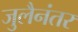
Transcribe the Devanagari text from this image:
जुलैनंतर